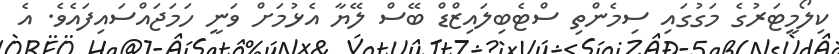
ކިލޯމީޓަރުގެ މަގުގައި ސިމެންތި ސްޓެބިލައިޒްޑް ބޭސް ލޭޔާ އެޅުމަށް ވަނީ ހަމަޖައްސައިފައެވެ. އެ